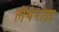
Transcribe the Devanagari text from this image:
लेंथेनाइड